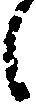
し